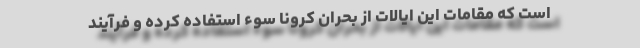
است که مقامات این ایالات از بحران کرونا سوء استفاده کرده و فرآیند